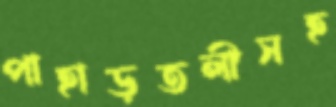
পাহাড়তলীসহ